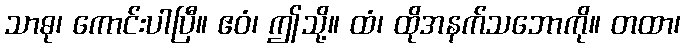
သာဓု၊ ကောင်းပါပြီ။ ဧဝံ၊ ဤသို့။ ထံ၊ ထိုအနက်သဘောကို။ တထာ၊